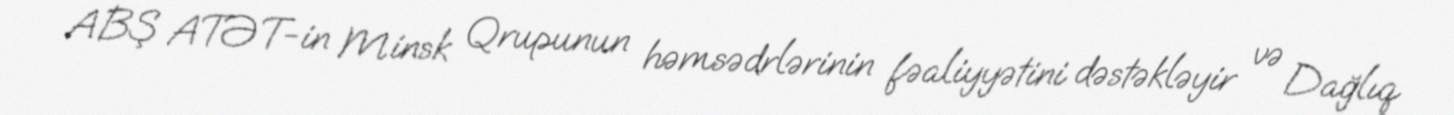
ABŞ ATƏT-in Minsk Qrupunun həmsədrlərinin fəaliyyətini dəstəkləyir və Dağlıq